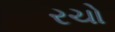
રચો